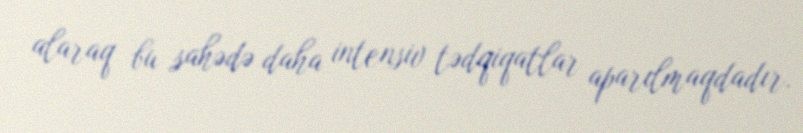
alaraq bu sahədə daha intensiv tədqiqatlar aparılmaqdadır.